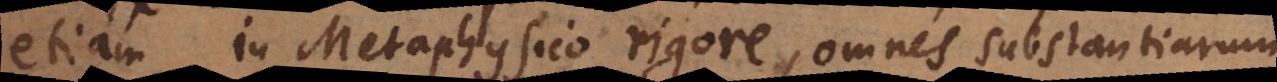
etiam in Metaphysico rigore, omnes substantiarum